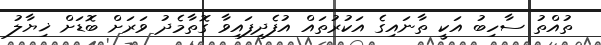
ތުއްތު ސާހިބު އަކީ ތާނައިގެ އަކުރުތައް އުފެދިފައިވާ ގޮތާމެދު ވަރަށް ބޮޑަށް ޚިޔާލު